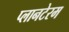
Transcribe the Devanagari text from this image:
प्लानटेरम